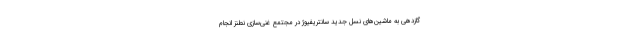
گازدهی به ماشین‌های نسل جدید سانتریفیوژ در مجتمع غنی‌سازی نطنز انجام